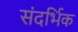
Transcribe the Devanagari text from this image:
संदर्भिक